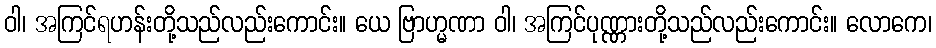
ဝါ၊ အကြင်ရဟန်းတို့သည်လည်းကောင်း။ ယေ ဗြာဟ္မဏာ ဝါ၊ အကြင်ပုဏ္ဏားတို့သည်လည်းကောင်း။ လောကေ၊